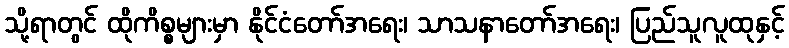
သို့ရာတွင် ထိုကိစ္စများမှာ နိုင်ငံတော်အရေး၊ သာသနာတော်အရေး၊ ပြည်သူလူထုနှင့်